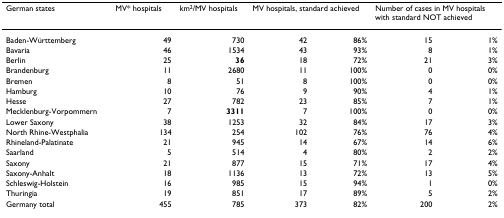
| German states | MV* hospitals | km2/MV hospitals | <COLSPAN=2> MV hospitals, standard achieved | <COLSPAN=2> Number of cases in MV hospitals with standard NOT achieved |
 | --- | --- | --- | --- | --- | --- | --- |
 | Baden-Württemberg | 49 | 730 | 42 | 86% | 15 | 1% |
 | Bavaria | 46 | 1534 | 43 | 93% | 8 | 1% |
 | Berlin | 25 | 36 | 18 | 72% | 21 | 3% |
 | Brandenburg | 11 | 2680 | 11 | 100% | 0 | 0% |
 | Bremen | 8 | 51 | 8 | 100% | 0 | 0% |
 | Hamburg | 10 | 76 | 9 | 90% | 4 | 1% |
 | Hesse | 27 | 782 | 23 | 85% | 7 | 1% |
 | Mecklenburg-Vorpommern | 7 | 3311 | 7 | 100% | 0 | 0% |
 | Lower Saxony | 38 | 1253 | 32 | 84% | 17 | 3% |
 | North Rhine-Westphalia | 134 | 254 | 102 | 76% | 76 | 4% |
 | Rhineland-Palatinate | 21 | 945 | 14 | 67% | 14 | 6% |
 | Saarland | 5 | 514 | 4 | 80% | 2 | 2% |
 | Saxony | 21 | 877 | 15 | 71% | 17 | 4% |
 | Saxony-Anhalt | 18 | 1136 | 13 | 72% | 13 | 5% |
 | Schleswig-Holstein | 16 | 985 | 15 | 94% | 1 | 0% |
 | Thuringia | 19 | 851 | 17 | 89% | 5 | 2% |
 | Germany total | 455 | 785 | 373 | 82% | 200 | 2% |